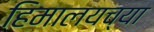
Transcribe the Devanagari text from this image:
हिमालयच्या